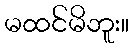
မထင်မိဘူး။